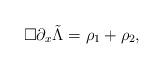
LaTeX: \begin{align*}\square \partial_x \tilde{\Lambda} = \rho_1 +\rho_2,\end{align*}